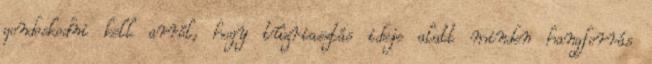
gondoskodni kell arról, hogy tûzriasztás ideje alatt minden hangforrás